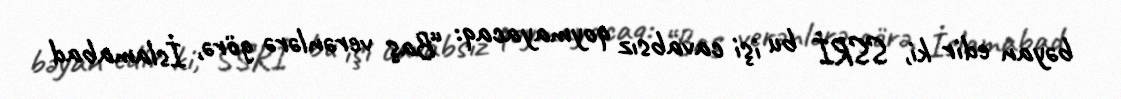
bəyan edir ki, SSRİ bu işi cavabsız qoymayacaq: “Baş verənlərə görə, İslamabad